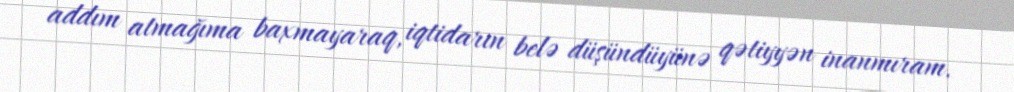
addım atmağıma baxmayaraq, iqtidarın belə düşündüyünə qətiyyən inanmıram.